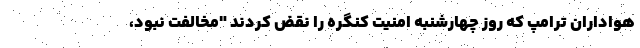
هواداران ترامپ که روز چهارشنبه امنیت کنگره را نقض کردند "مخالفت نبود،